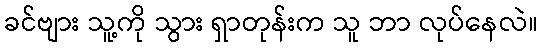
ခင်ဗျား သူ့ကို သွား ရှာတုန်းက သူ ဘာ လုပ်နေလဲ။